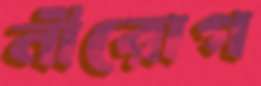
নীরোগ